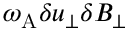
\omega _ { \mathrm { A } } \delta u _ { \perp } \delta B _ { \perp }